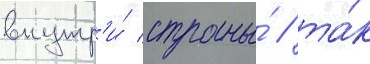
внутр'и́ страны́ / та́к